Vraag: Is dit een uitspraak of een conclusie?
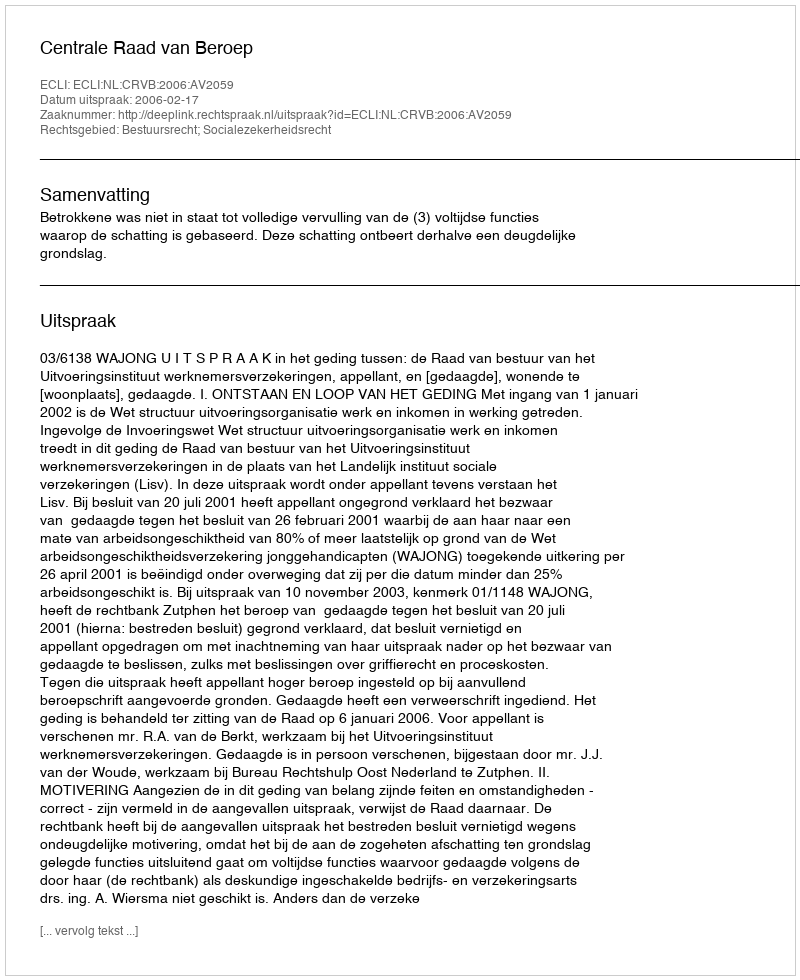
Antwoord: Uitspraak